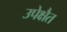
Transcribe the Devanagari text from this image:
उपेक्षैत